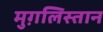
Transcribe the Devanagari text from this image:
मुग़लिस्तान